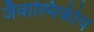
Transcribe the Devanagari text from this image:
जैवाश्मिकीय